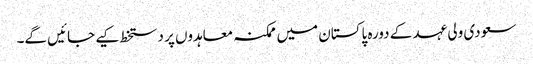
سعودی ولی عہد کے دورہ پاکستان میں ممکنہ معاہدوں پر دستخط کیے جائیں گے۔